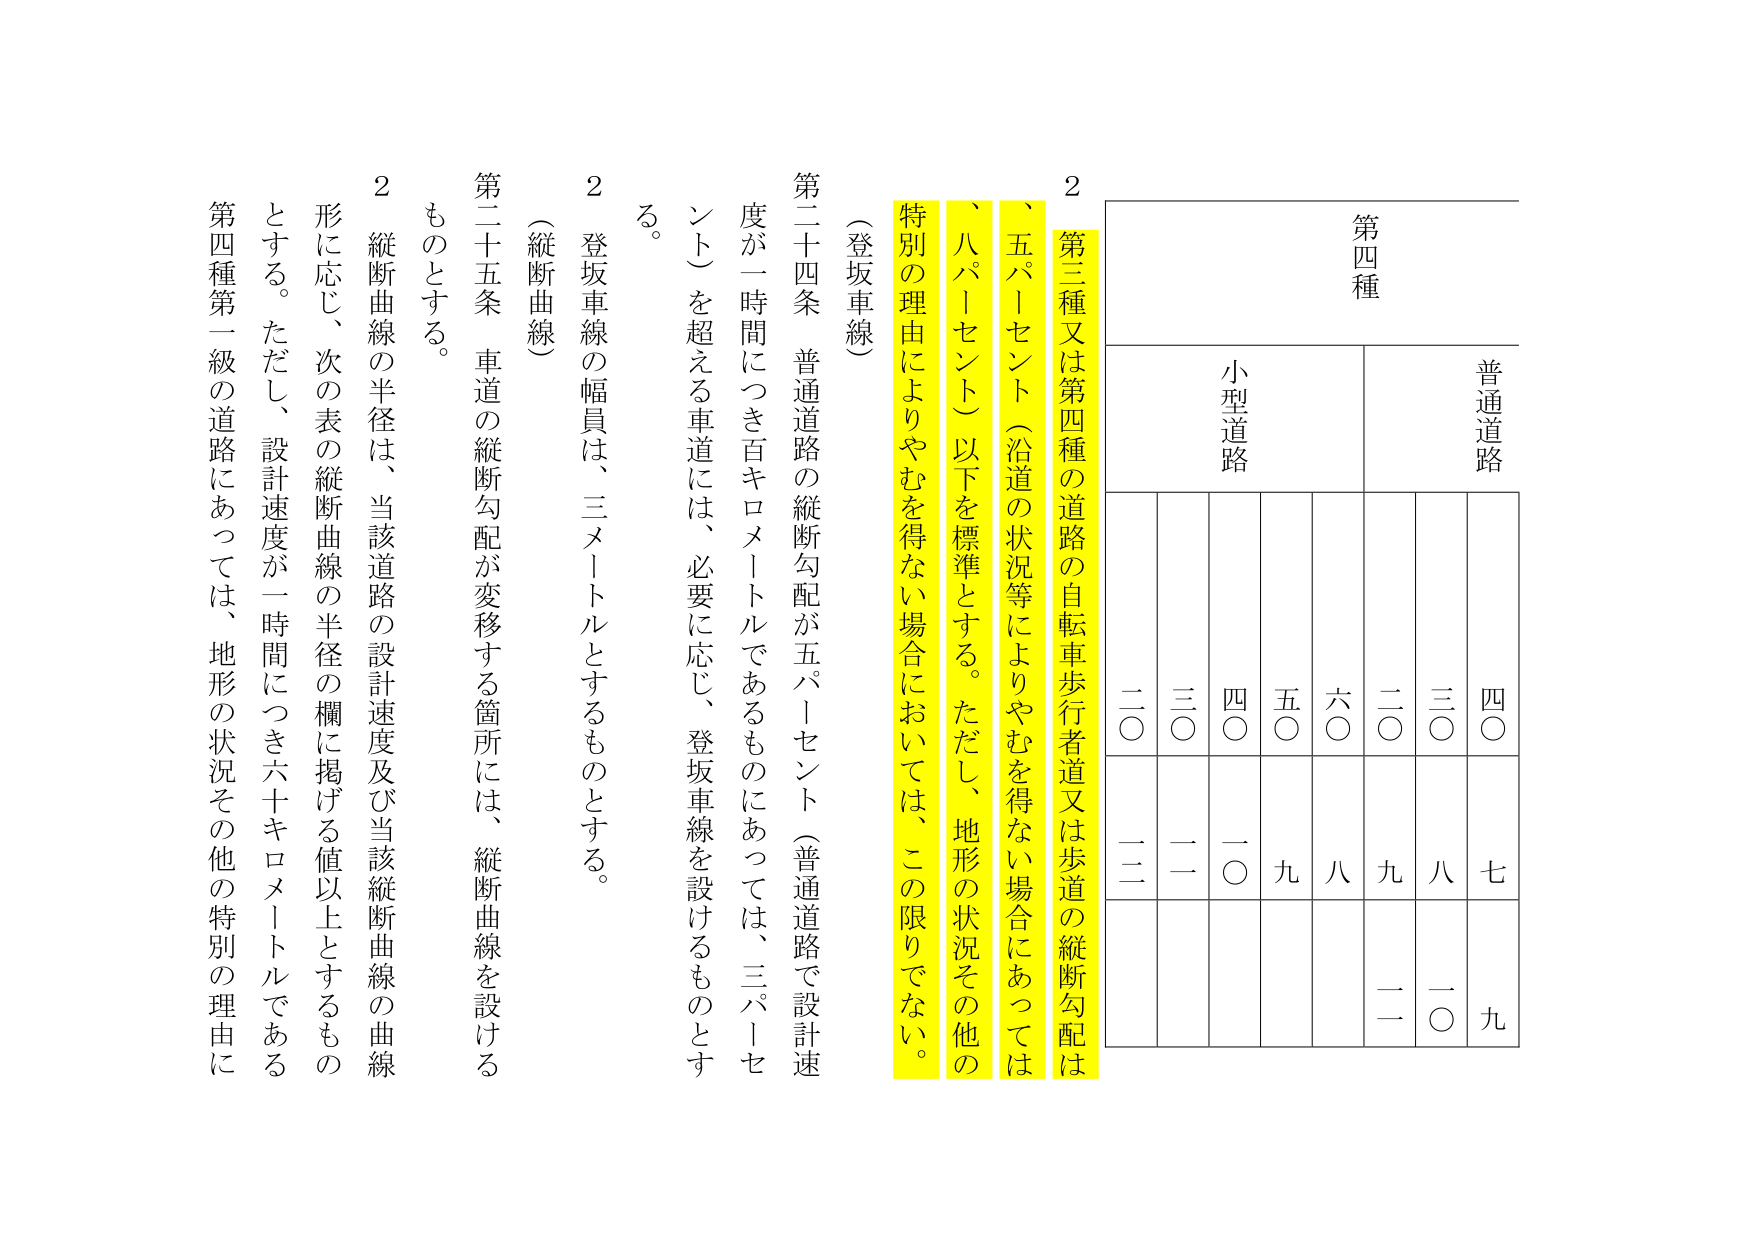
2
第四種
普通道路
小型道路
二〇
三〇
四〇
五〇
六〇
二〇
三〇
四〇
二二
二一
一〇
九
八
九
八
七
二一
一〇
九

第二十四条 普通道路の縦断勾配が五パーセント（普通道路で設計速度が一時間につき百キロメートルであるものにあっては、三パーセント）を超える車道には、必要に応じ、登坂車線を設けるものとする。

2 登坂車線の幅員は、三メートルとするものとする。
（縦断曲線）

第二十五条 車道の縦断勾配が変移する箇所には、縦断曲線を設けるものとする。

2 縦断曲線の半径は、当該道路の設計速度及び当該縦断曲線の曲線形に応じ、次の表の縦断曲線の半径の欄に掲げる値以上とするものとする。ただし、設計速度が一時間につき六十キロメートルである第四種第一級の道路にあっては、地形の状況その他の特別の理由に

、五パーセント（沿道の状況等によりやむを得ない場合にあっては、八パーセント）以下を標準とする。ただし、地形の状況その他の特別の理由によりやむを得ない場合においては、この限りでない。
（登坂車線）